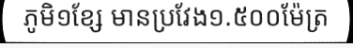
ភូមិ១ខ្សែ មានប្រវែង១.៥០០ម៉ែត្រ